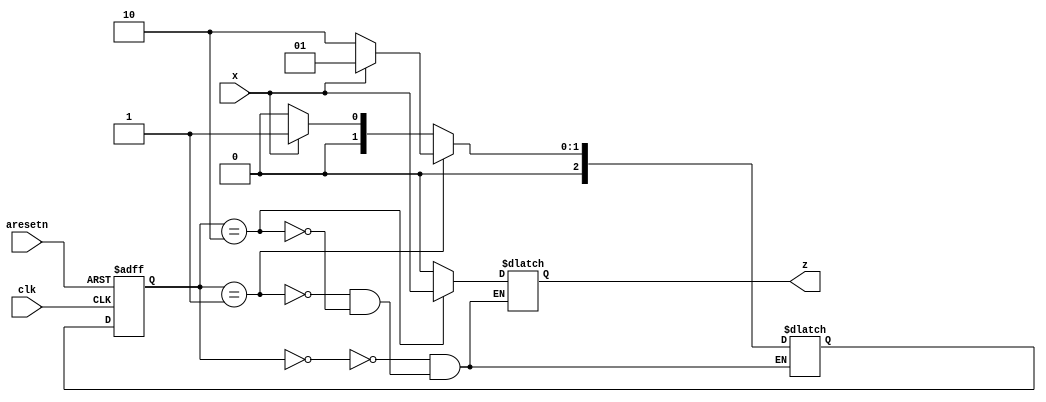
module top_module (
    input clk,
    input aresetn,    // Asynchronous active-low reset
    input x,
    output z ); 

    parameter start = 0, mid = 1, ends = 2;
    reg [2:0] state, next_state;

    always @(*) begin
        case (state)
            start: next_state = x ? mid : start;
            mid: next_state = x ? mid : ends;
            ends: next_state = x ? mid : start;
        endcase
    end

    always @(posedge clk or negedge aresetn) begin
        if (!aresetn) begin
            state <= start;
        end
        else begin
            state <= next_state;
        end
    end

    always @(*) begin
        case (state)
            start: z = 0;
            mid: z = 0;
            ends: z = x;
        endcase
    end

endmodule